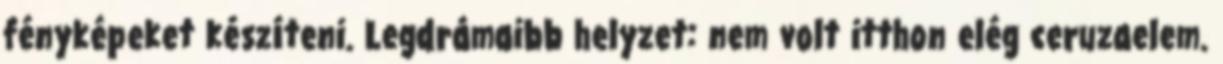
fényképeket készíteni. Legdrámaibb helyzet: nem volt itthon elég ceruzaelem.